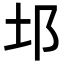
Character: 𨙭